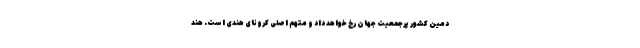
دمین کشور پرجمعیت جهان رخ خواهد داد و متهم اصلی کرونای هندی است. هند